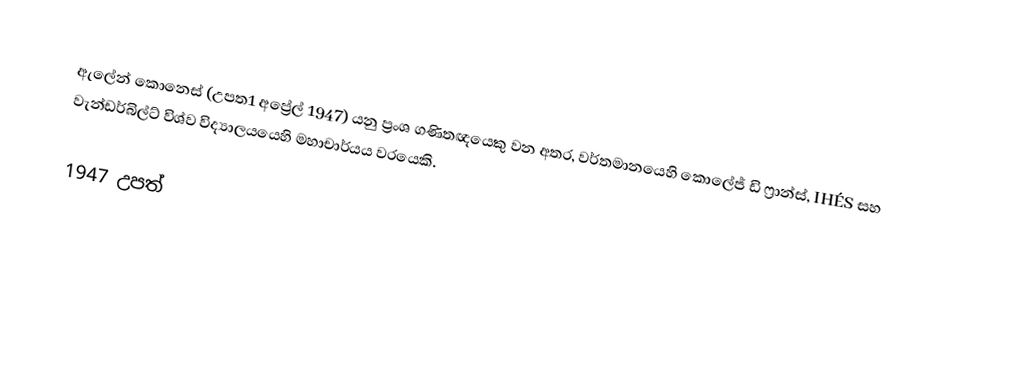
ඇලේන් කොනෙස් (උපත1 අප්‍රේල් 1947) යනු ප්‍රංශ ගණිතඥයෙකු වන අතර, වර්තමානයෙහි කොලේජ් ඩි ෆ්‍රාන්ස්, IHÉS සහ වැන්ඩර්බිල්ට් විශ්ව විද්‍යාලයයෙහි මහාචාර්යය වරයෙකි.

1947 උපත්